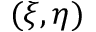
( \xi , \eta )